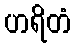
ဟရိတံ